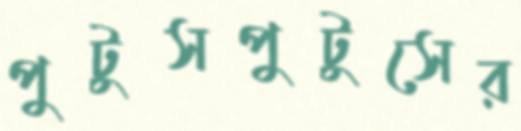
পুটুসপুটুসের